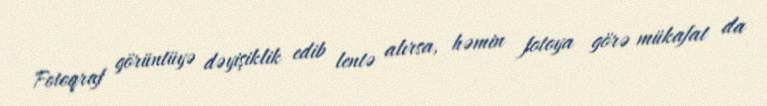
Fotoqraf görüntüyə dəyişiklik edib lentə alırsa, həmin fotoya görə mükafat da